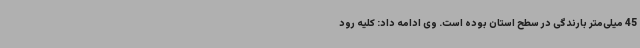
45 میلی‌متر بارندگی در سطح استان بوده است. وی ادامه داد: کلیه رود